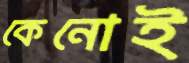
কেনোই